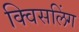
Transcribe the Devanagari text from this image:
क्विसलिंग